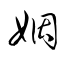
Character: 姻